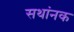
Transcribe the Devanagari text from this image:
सथांनक